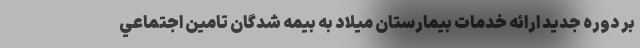
بر دوره جديد ارائه خدمات بيمارستان ميلاد به بيمه شدگان تامين اجتماعي